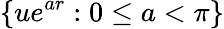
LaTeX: \lbrace ue^{ar}:0\leq a<\pi\rbrace